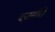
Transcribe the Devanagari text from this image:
दत्तगीते